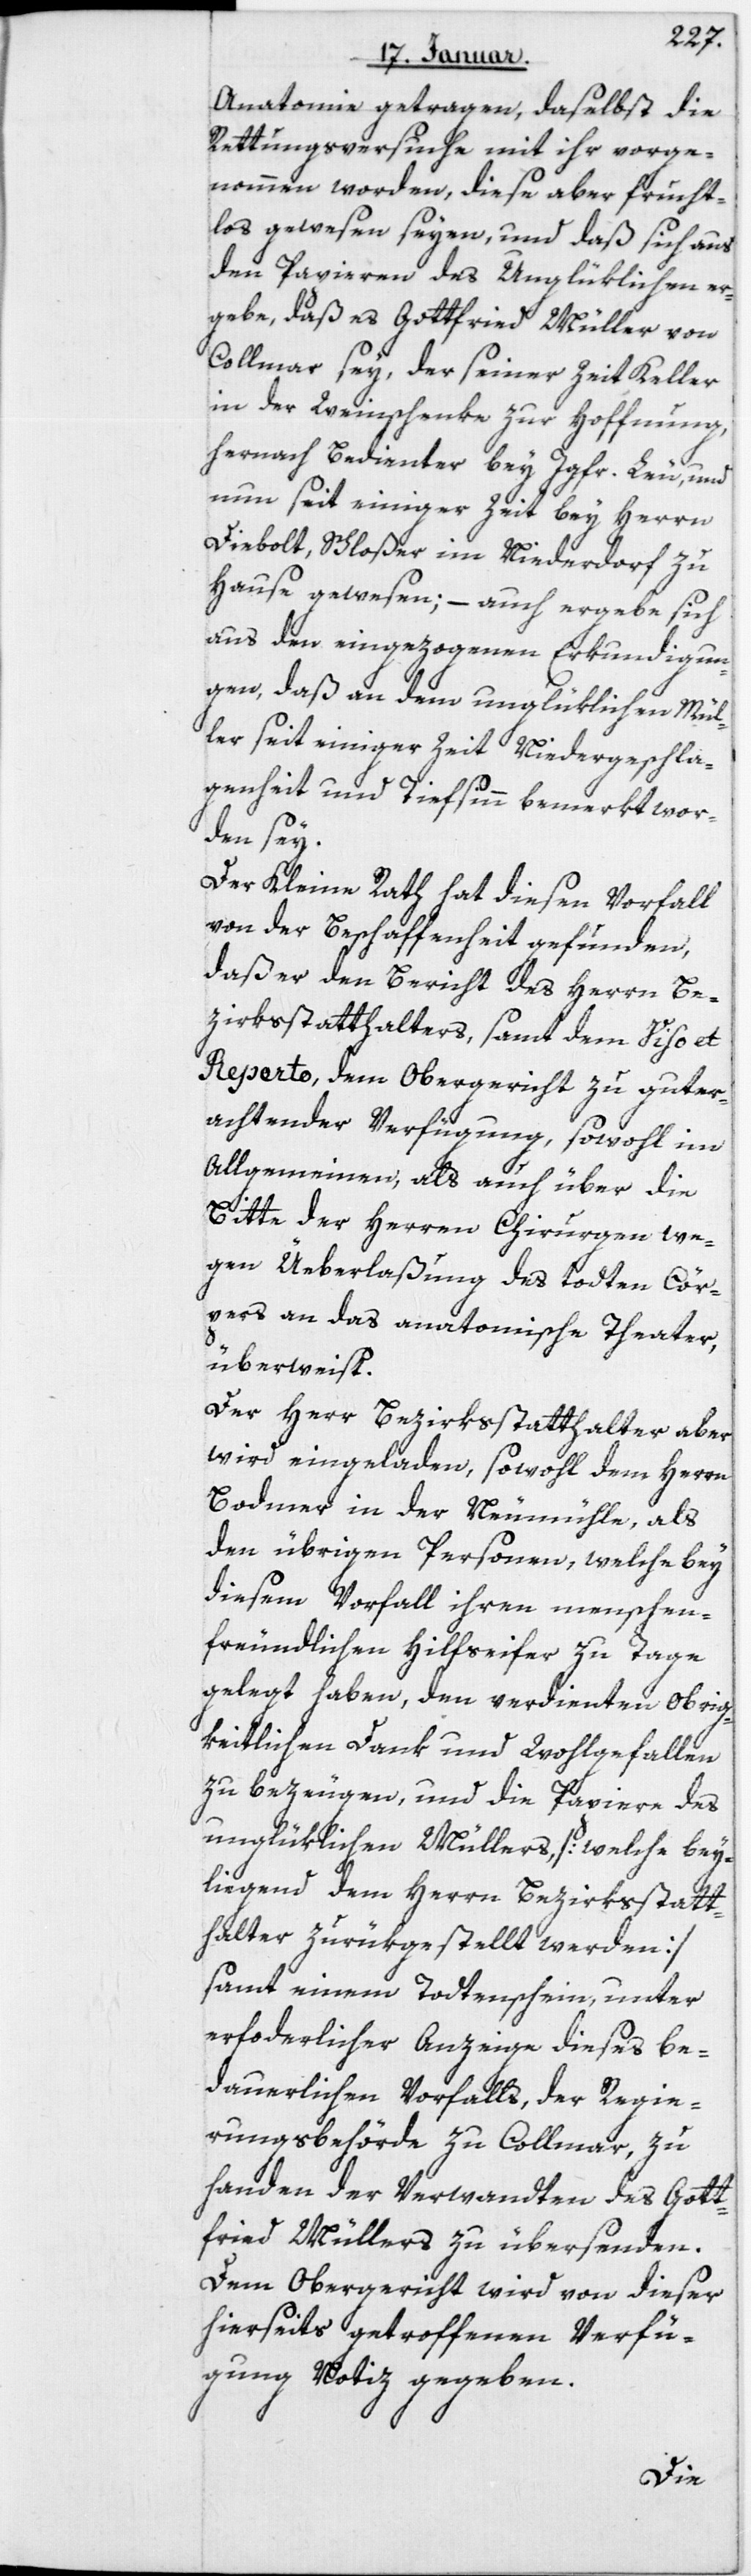
Anatomie getragen, daselbst die
Rettungsversuche mit ihr vorge¬
nommen worden, diese aber frucht¬
los gewesen seyen, und daß sich aus
den Papieren des Unglüklichen er¬
gebe, daß es Gottfried Müller von
Colmar sey, der seiner Zeit Keller
in der Weinschenke zur Hoffnung,
hernach Bedienter bey Jgfr. Leu und
nun seit einiger Zeit bey Herrn
Diebold, Schloßer im Niederdorf zu
Hause gewesen; – auch ergebe sich
aus den eingezogenen Erkundigun¬
gen, daß an dem unglüklichen Mül¬
ler seit einiger Zeit Niedergeschla¬
genheit und Tiefsinn bemerkt wor¬
den sey.
Der Kleine Rath hat diesen Vorfall
von der Beschaffenheit gefunden,
daß er den Bericht des Herrn Be¬
zirksstatthalters samt dem Viso et
Reperto, dem Obergericht zu gut er¬
achtender Verfügung, sowohl im
Allgemeinen, als auch über die
Bitte der Herren Chirurgen we¬
gen Überlaßung des toten Cör¬
pers an das anatomische Theater,
überweist.
Der Herr Bezirksstatthalter aber
wird eingeladen, sowohl dem Herrn
Bodmer in der Neumühle, als
den übrigen Personen, welche bey
diesem Vorfall ihren menschen¬
freundlichen Hilfseifer zu Tage
gelegt haben, den verdienten obrig¬
keitlichen Dank und Wohlgefallen
zu bezeugen, und die Papiere des
unglüklichen Müllers (welche bey¬
liegend dem Herrn Bezirksstatt¬
halter zurükgestellt werden)
samt einem Totenschein, unter
erforderlicher Anzeige dieses be¬
dauerlichen Vorfalls der Regie¬
rungsbehörde zu Colmar, zu
Handen der Verwandten des Gott¬
fried Müllers zu übersenden.
Dem Obergericht wird von dieser
hierseits getroffenen Verfü¬
gung Notiz gegeben.